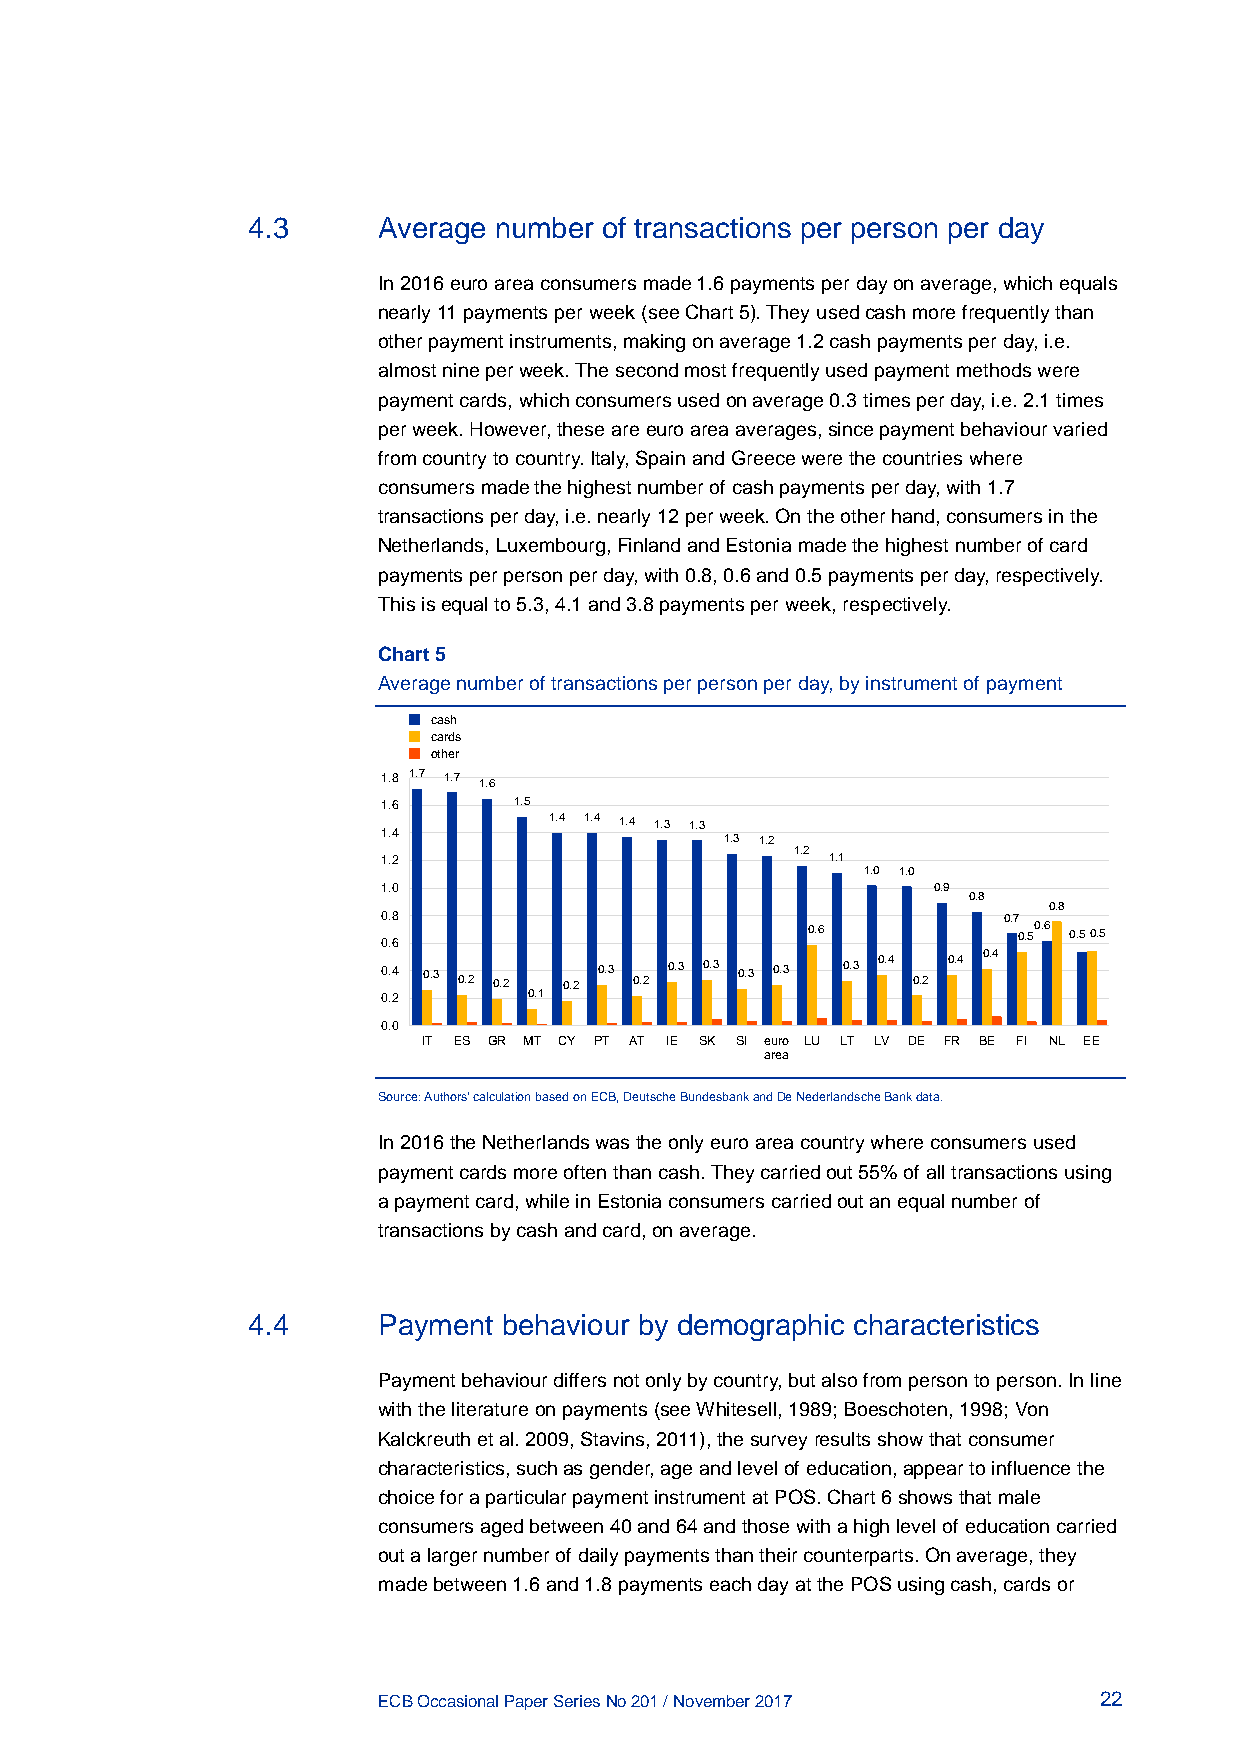
4.3      Average number of transactions per person per day
 In 2016 euro area consumers made 1.6 payments per day on average, which equals
 nearly 11 payments per week (see Chart 5). They used cash more frequently than
 other payment instruments, making on average 1.2 cash payments per day, i.e.
 almost nine per week. The second most frequently used payment methods were
 payment cards, which consumers used on average 0.3 times per day, i.e. 2.1 times
 per week. However, these are euro area averages, since payment behaviour varied
 from country to country. Italy, Spain and Greece were the countries where
 consumers made the highest number of cash payments per day, with 1.7
 transactions per day, i.e. nearly 12 per week. On the other hand, consumers in the
 Netherlands, Luxembourg, Finland and Estonia made the highest number of card
 payments per person per day, with 0.8, 0.6 and 0.5 payments per day, respectively.
 This is equal to 5.3, 4.1 and 3.8 payments per week, respectively.
 Chart 5
 Average number of transactions per person per day, by instrument of payment
 cash
 cards
 other
 1.8 1.7 1.7
 1.6
 1.6      1.5
 1.4 1.4 1.4 1.3 1.3
 1.4                    1.3 1.2
 1.2
 1.2                           1.1
 1.0 1.0
 1.0                                  0.9
 0.8
 0.8
 0.8                                      0.7
 0.6           0.50.6 0.50.5
 0.6
 0.4 0.3 0.2 0.2 0.2 0.3 0.2 0.3 0.3 0.3 0.3 0.3 0.4 0.2 0.4 0.4
 0.2       0.1
 0.0
 IT ES GR MT CY PT AT IE SK SI euro LU LT LV DE FR BE FI NL EE
 area
 Source: Authors’ calculation based on ECB, Deutsche Bundesbank and De Nederlandsche Bank data.
 In 2016 the Netherlands was the only euro area country where consumers used
 payment cards more often than cash. They carried out 55% of all transactions using
 a payment card, while in Estonia consumers carried out an equal number of
 transactions by cash and card, on average.
 4.4      Payment behaviour by demographic characteristics
 Payment behaviour differs not only by country, but also from person to person. In line
 with the literature on payments (see Whitesell, 1989; Boeschoten, 1998; Von
 Kalckreuth et al. 2009, Stavins, 2011), the survey results show that consumer
 characteristics, such as gender, age and level of education, appear to influence the
 choice for a particular payment instrument at POS. Chart 6 shows that male
 consumers aged between 40 and 64 and those with a high level of education carried
 out a larger number of daily payments than their counterparts. On average, they
 made between 1.6 and 1.8 payments each day at the POS using cash, cards or
 ECB Occasional Paper Series No 201 / November 2017 22